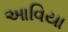
આવિયા